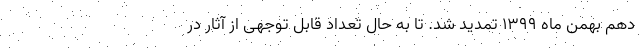
دهم بهمن ماه ۱۳۹۹ تمدید شد. تا به حال تعداد قابل توجهی از آثار در